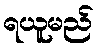
ရယူမည်